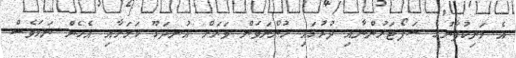
އެ މަނިކުފާނުގެ ސަޕޯޓަރުންނާއި ދުރުގައި ހުންނަވަން ވަރަށް އުނދަގޫ ކަމަށާއި އެހެން ނަމަވެސް